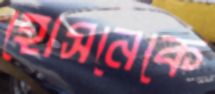
হোসনেকে